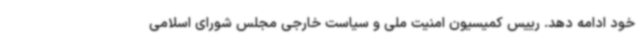
خود ادامه دهد. رییس کمیسیون امنیت ملی و سیاست خارجی مجلس شورای اسلامی